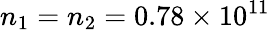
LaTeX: n_{1}=n_{2}=0.78\times 10^{11}